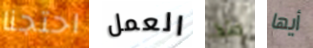
احتجنا العمل منذ أيها